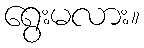
ရွေးမလား။